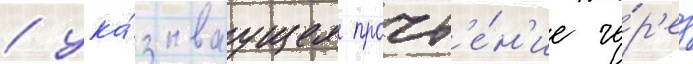
/ ука́зываущее прочт'е́н'ие че́р'ез